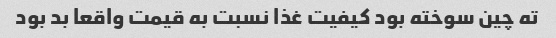
ته چین سوخته بود کیفیت غذا نسبت به قیمت واقعا بد بود